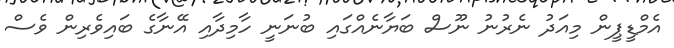
އެމްޑީޕީން މިއަދު ނެރުނު ނޫސް ބަޔާނެއްގައި ބުނަނީ ހާމިދާއި އޭނާގެ ބައިވެރިން ވެސް